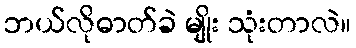
ဘယ်လိုဓာတ်ခဲ မျိုး သုံးတာလဲ။